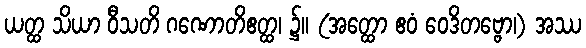
ယတ္ထ သိယာ ဝီသတိ ဂဏောတိဧတ္ထ၊ ၌။ (အတ္ထော ဧဝံ ဝေဒိတဗ္ဗော၊) အဿ